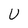
Character: U